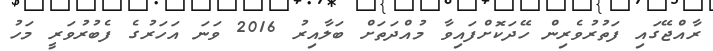
ރާއްޖޭގައި ފަތުރުވެރިން ހޭދަކޮށްފައިވާ މުއްދަތަށް ބަލާއިރު 2016 ވަނަ އަހަރުގެ ފެބުރުވަރީ މަހު